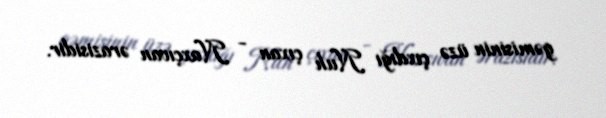
gəmisinin üzə çıxdığı Nuh çıxan - Naxçıvan ərazisidir.